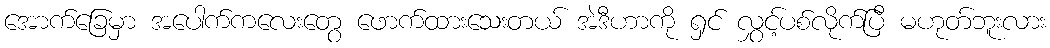
အောက်ခြေမှာ အပေါက်ကလေးတွေ ဖောက်ထားသေးတယ် အဲဒီဟာကို ရှင် လွှင့်ပစ်လိုက်ပြီ မဟုတ်ဘူးလား